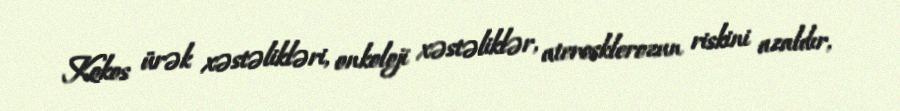
Kokos ürək xəstəlikləri, onkoloji xəstəliklər, aterosklerozun riskini azaldır,